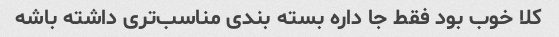
کلا خوب بود فقط جا داره بسته بندی مناسب‌تری داشته باشه